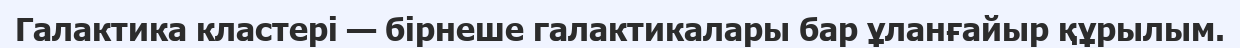
Галактика кластері — бірнеше галактикалары бар ұланғайыр құрылым.